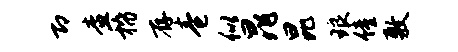
即查稽存卷似晁昆琅僮敷